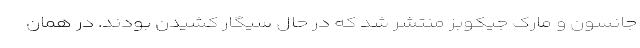
جانسون و مارک جیکوبز منتشر شد که در حال سیگار کشیدن بودند. در همان